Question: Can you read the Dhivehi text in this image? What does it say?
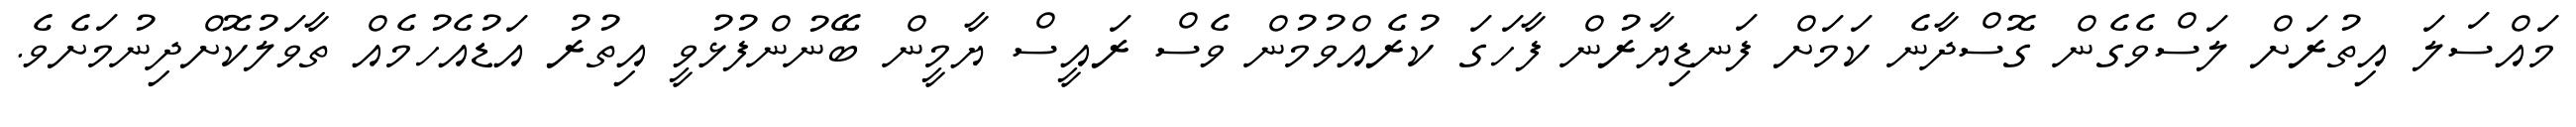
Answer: މައްސަލަ އިތުރަށް ލަސްވެގެން ގޮސްދާނެ ކަމަށް ފަނޑިޔާރުން ފާހަގަ ކުރެއްވުމުން ވެސް ރައީސް ޔާމީން ބޭނުންފުޅުވީ އިތުރު އަޑުއެހުމެއް ތާވަލުކޮށްދިނުމަށެވެ.